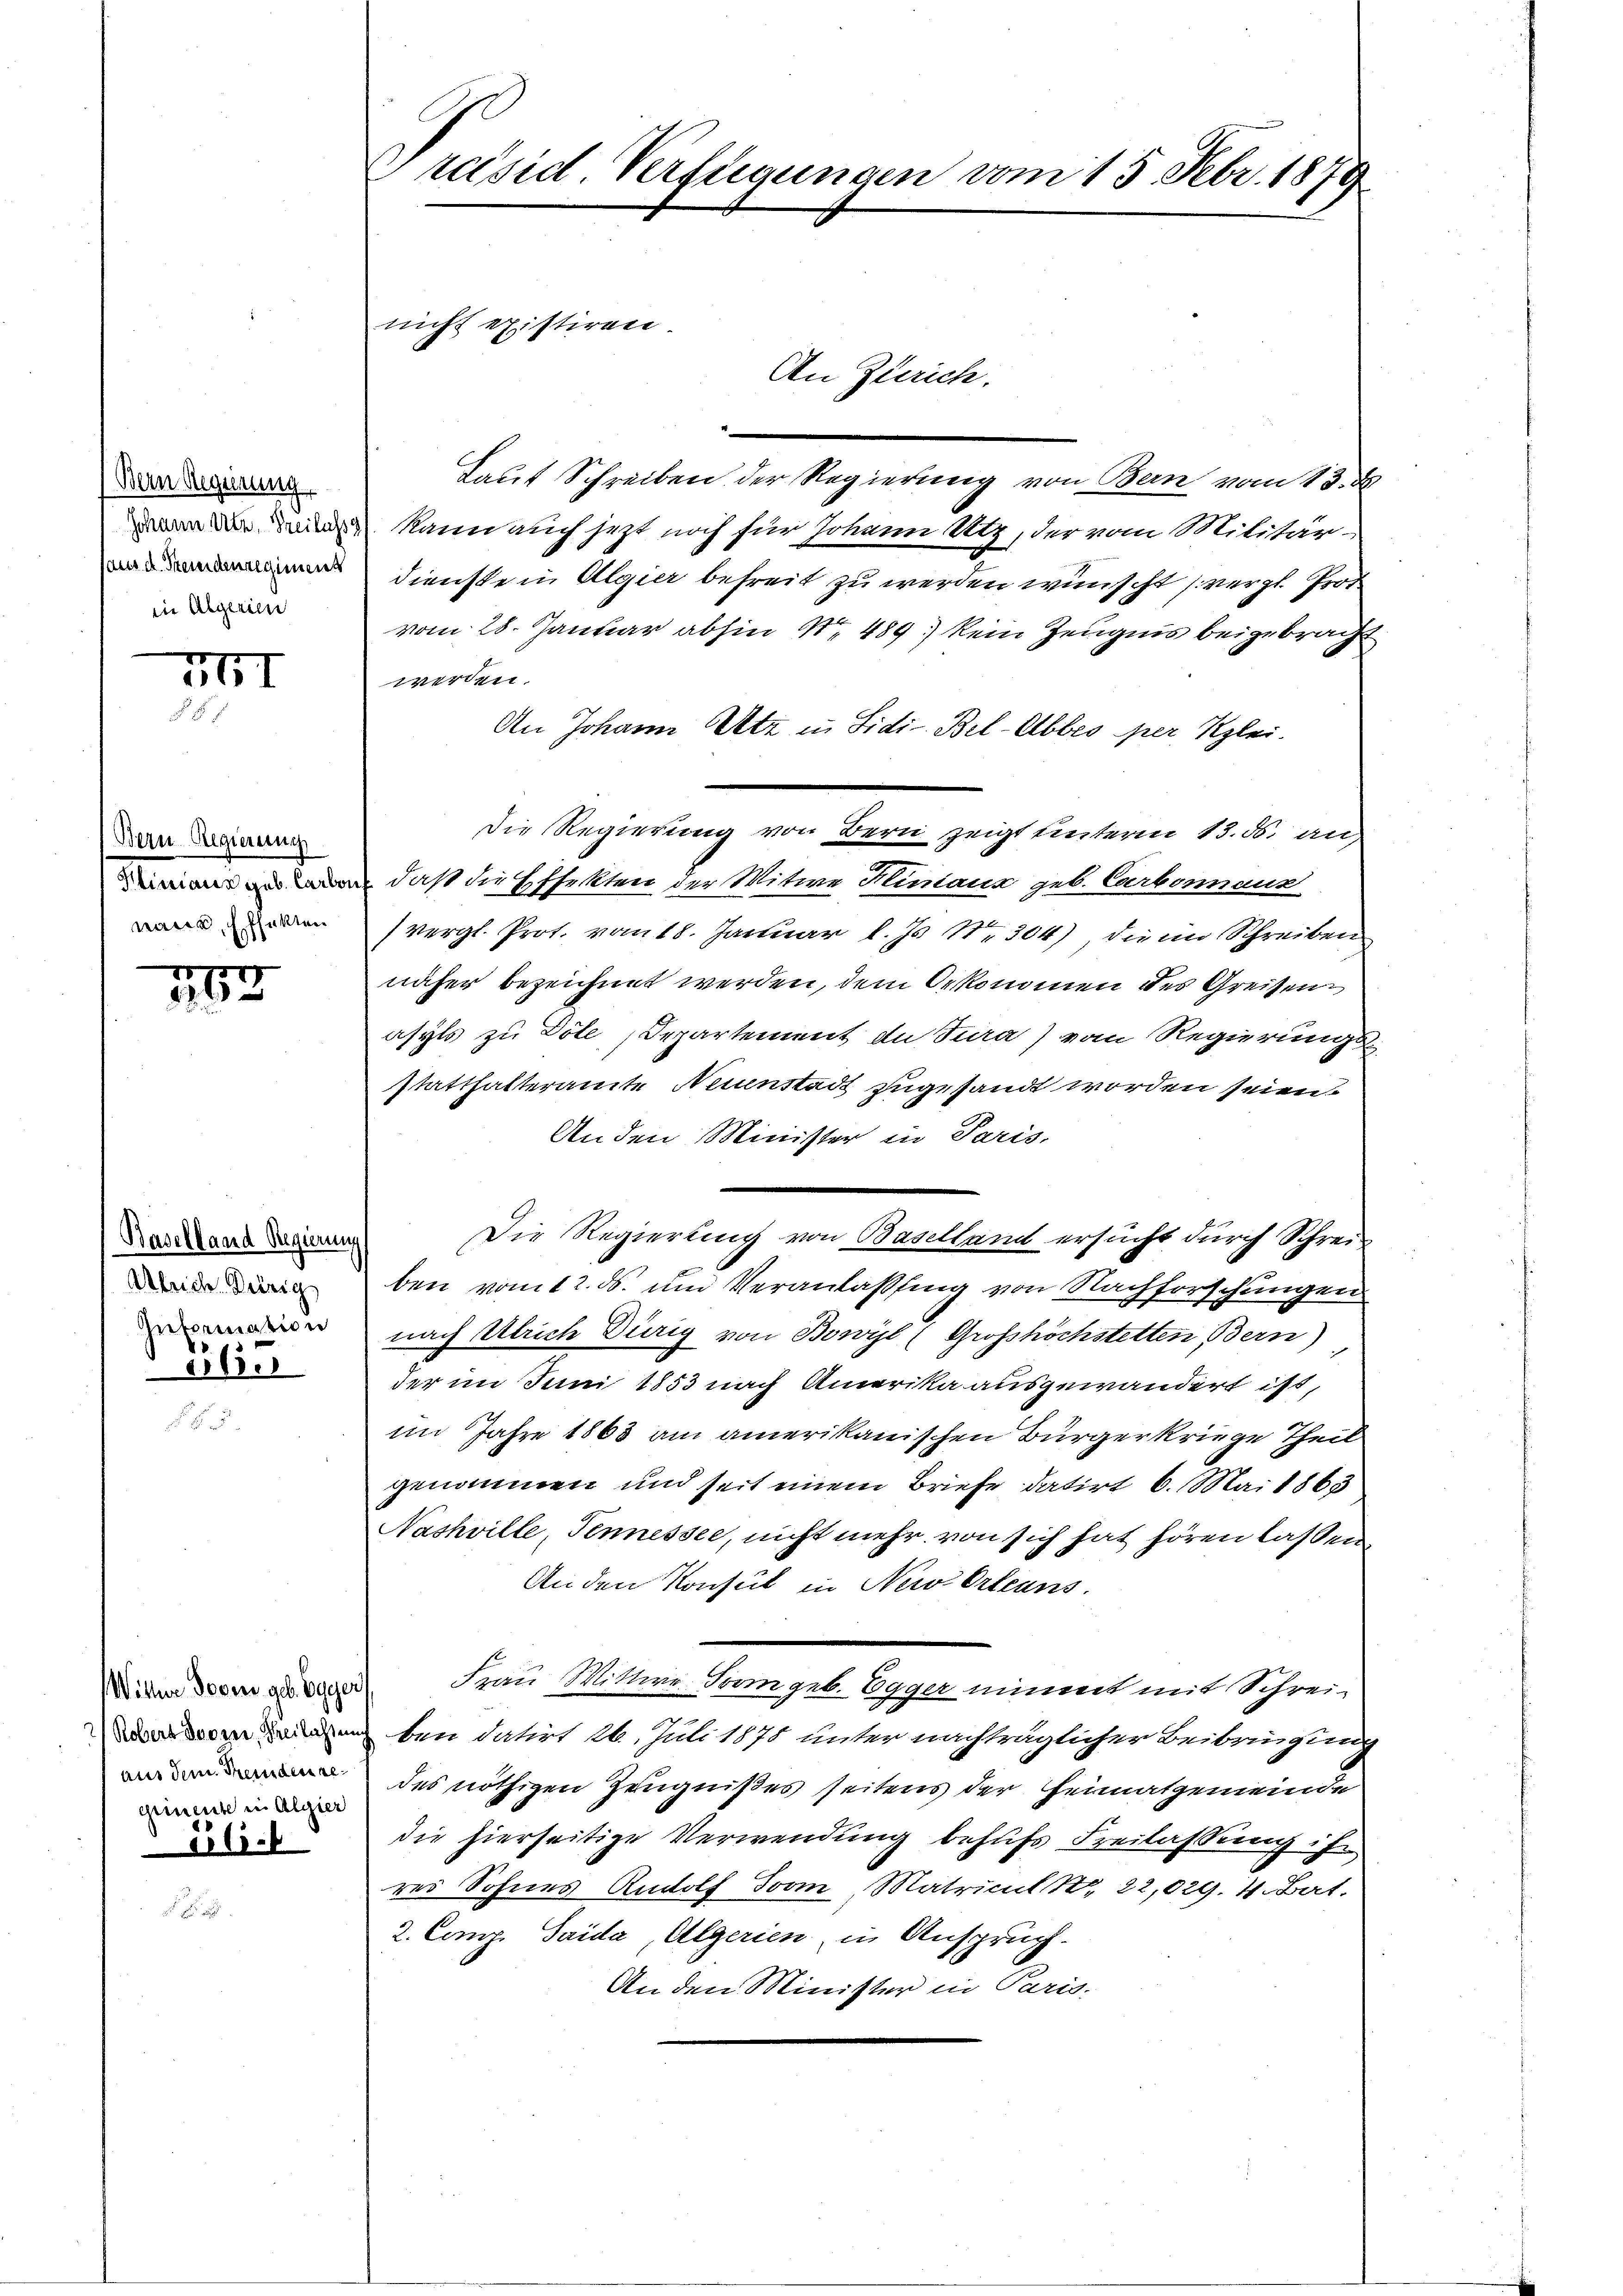
Bern Regierung
Johann Utr, Freilassg
aus d. Fremdenregiment
iin Algerien

XII

Bern Regierung
Minaus geb. Carbon,
naue Effekten

163

Baselland Regierung
Gleiche Dirig
Information
365

Witter Posen geb. Egger,
Robers Darrer, Freilassung
aus dem Fremden algrimente in Algier

1.11.

Présid Verfügungen vom 15. Febr. 1879
nicht existiren.
An Zürich.

Laut Schreiben der Regierung von Bern vom 13. d
kann auch jezt noch für Johann Utz, der vom Militärdiensten Algier befreit zu werden wünscht (vergl. Pro
vom 28. Januar abhin Nr. 489 kein Zeugnis beigebracht
werden.
An Johann Ott in Sidi-Bel-Abbeo per Klei
Die Regierung von Bern zeigt unterm 13. ds. an,
daß die Effekten der Witwe Kliniaux geb. Carbonnaus
(vergl. Prot. vom 18. Januar l. Js. Nr. 304), die im Schreiben
näher bezeichnet werden, dem Oekonomen des Greisen
asyls zu Döle Departement du Jura) vom Regierungs-
statthalteramte Neinstadt zugesandt worden seien.
Anden Minister in Paris,
Die Regierung von Baselland ersucht durch Schreiben vom 12. ds. und Veranlaßung von Nachforschungen
nach Ulrich Dürig von Bowil (Grosshöchstetten Bern)
der im Juni 1853 nach Amerika ausgewandert ist,
im Jahre 1863 am amerikanischen Bürgerkriege Theil
genommen und seit einem Briefe datirt 6. Mai 1863
Nashville, Tennessee, nicht mehr, von sich hat hören lassen,
An den Konsul in New-Orleans
Frau Wittwe From geb. Egger nimmt mit Schreiben datirt 26. Juli 1878 unter nachträglicher Beibringung
des nöthigen Zeugnißes seitens der Heimatgemeinde
die hierseitige Verwendung behufs Freilassung ihr
res Sohnes Rudolf von Matricul S. 22,029. 4. Bat.
2. Comp. Saida Algerien, in Anspruch.
An den Minister in Paris.